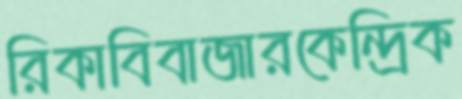
রিকাবিবাজারকেন্দ্রিক